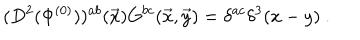
LaTeX: ( D ^ { 2 } ( \Phi ^ { ( 0 ) } ) ) ^ { a b } ( { \vec { x } } ) G ^ { b c } ( \vec { x } , \vec { y } ) = \delta ^ { a c } \delta ^ { 3 } ( x - y ) ~ .